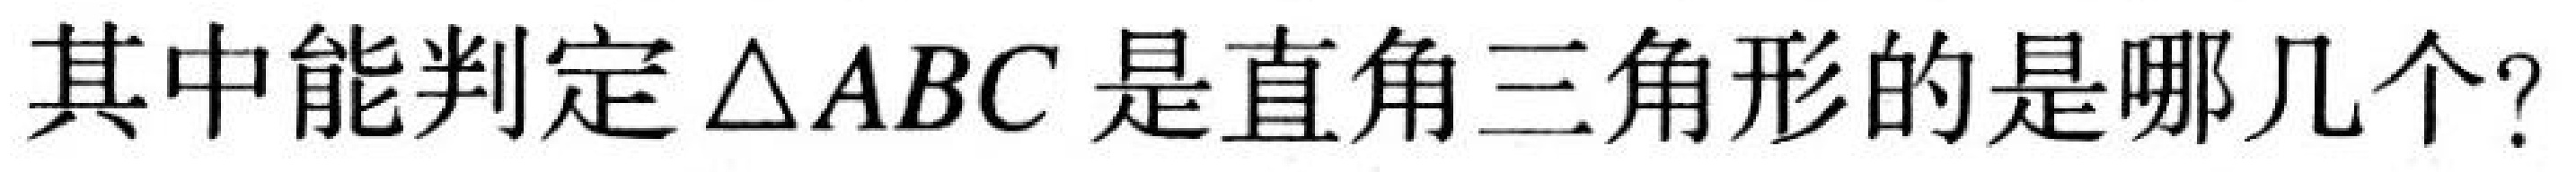
其中能判定\(\triangle ABC\)是直角三角形的是哪几个？